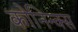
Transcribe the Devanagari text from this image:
कोनिन्क्स